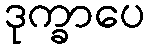
ဒုက္ခာပေ